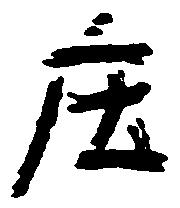
庄